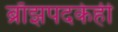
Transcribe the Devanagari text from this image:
ब्राँझपदकेही